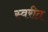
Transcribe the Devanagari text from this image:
स्वरीत